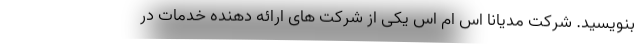
بنویسید. شرکت مدیانا اس ام اس یکی از شرکت های ارائه دهنده خدمات در